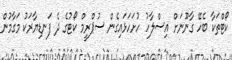
ކޯޓްތަކާ ބެހޭ ގާނޫނަށް އިސްލާހު ހުށަހަޅައިގެން ސުޕްރީމް ކޯޓުގެ ދެ ފަނޑިޔާރަކު މަގާމުން